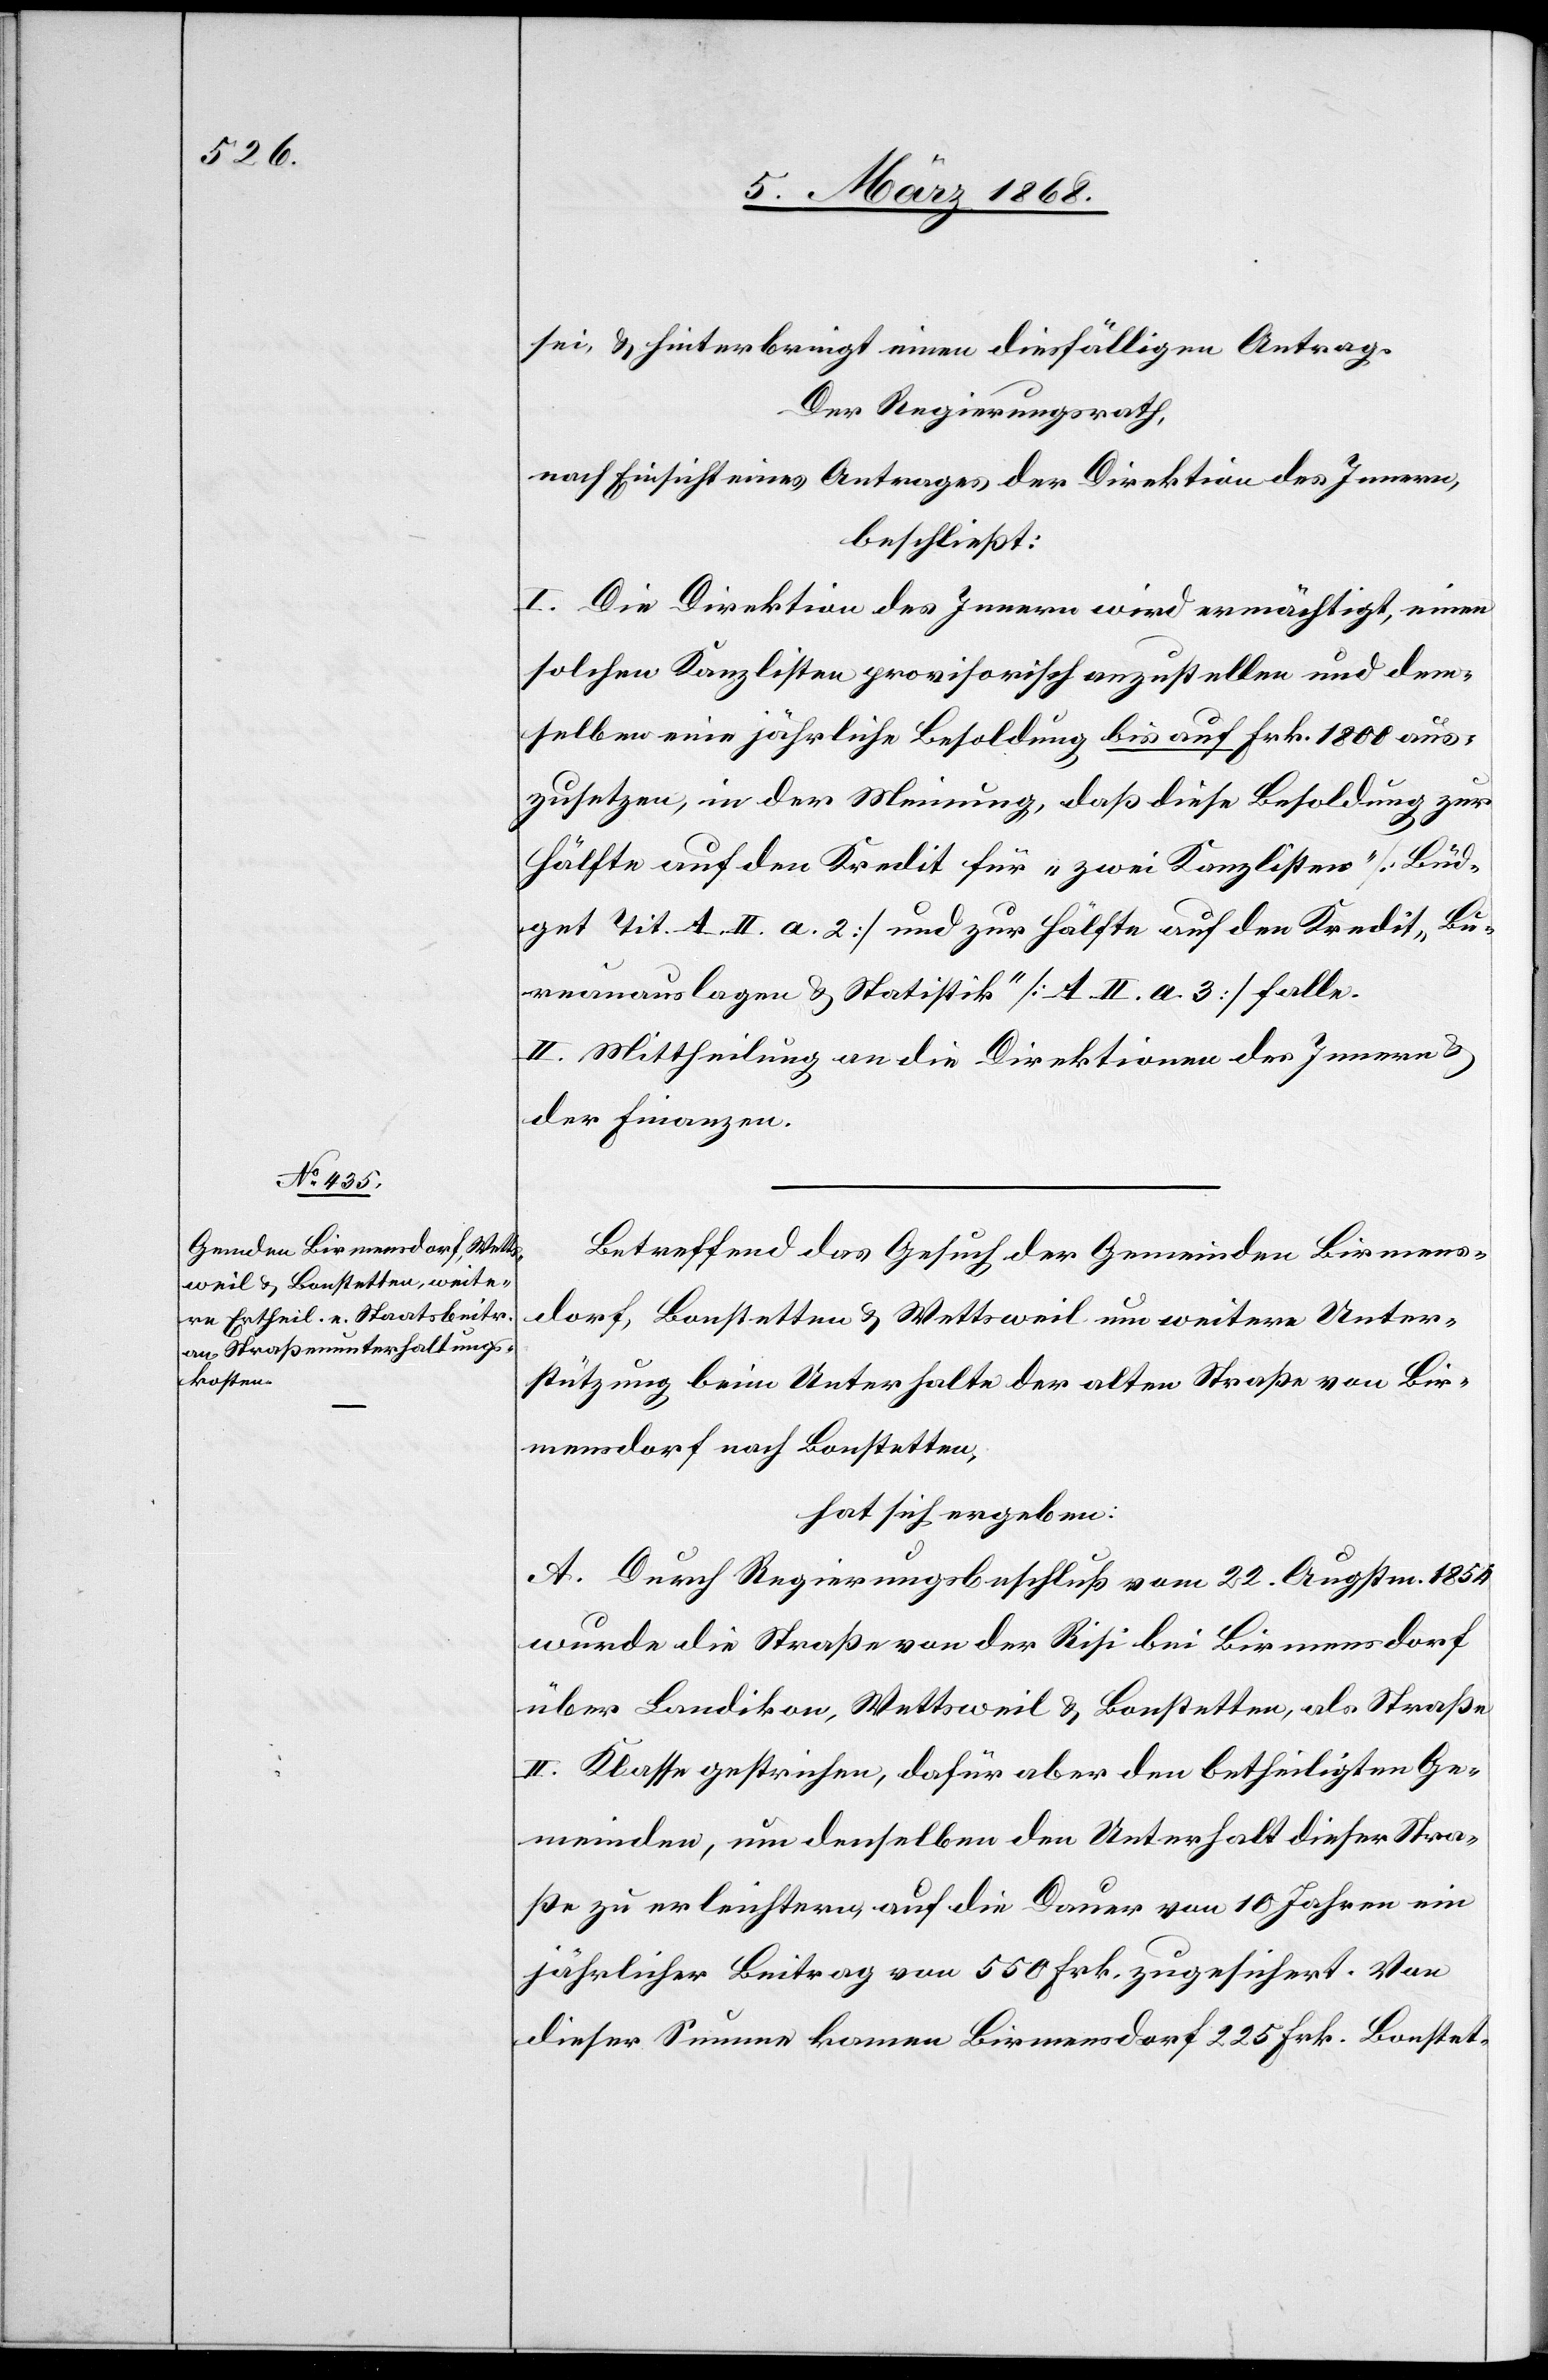
sei, & hinterbringt einen diesfälligen Antrag.
Der Regierungsrath,
nach Einsicht eines Antrages der Direktion des Innern,
beschließt:
I. Die Direktion des Innern wird ermächtigt, einen
solchen Kanzlisten provisorisch anzustellen und dem¬
selben eine jährliche Besoldung bis auf Frk. 1800 aus¬
zusetzen, in der Meinung, daß diese Besoldung zur
Hälfte auf den Kredit für „zwei Kanzlisten“ [Büd¬
get Tit. A. II. a. 2] und zur Hälfte auf den Kredit „Bu¬
reauauslagen & Statistik“ [A. II. a. 3] falle.
II. Mittheilung an die Direktionen des Innern &
der Finanzen.
Betreffend das Gesuch der Gemeinden Birmens¬
dorf, Bonstetten & Wettsweil um weitere Unter¬
stützung beim Unterhalte der alten Straße von Bir¬
mensdorf nach Bonstetten,
hat sich ergeben:
A. Durch Regierungsbeschluß vom 22. Augstm. 1854
wurde die Straße von der Risi bei Birmensdorf
über Landikon, Wettsweil & Bonstetten, als Straße
II. Klasse gestrichen, dafür aber den betheiligten Ge¬
meinden, um denselben den Unterhalt dieser Stra¬
ße zu erleichtern, auf die Dauer von 10 Jahren ein
jährlicher Beitrag von 550 Frk. zugesichert. Von
dieser Summe kamen Birmensdorf 225 Frk.[,] Bonstet-